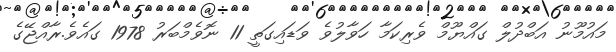
މައުމޫނު އަބްދުލް ގައްޔޫމް ވެރިކަމާ ހަވާލުވެ ވަޑައިގަތީ 11 ނޮވެމްބަރު 1978 ގައެވެ.ރާއްޖޭގެ